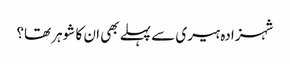
شہزادہ ہیری سے پہلے بھی ان کا شوہر تھا؟